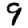
Digit: 9